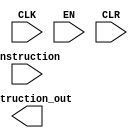
`timescale 1ns / 1ps
//////////////////////////////////////////////////////////////////////////////////
// Company: 
// Engineer: 
// 
// Design Name: 
// Module Name: pipe_ID
// Project Name: 
// Target Devices: 
// Tool Versions: 
// Description: 
// 
// Dependencies: 
// 
// Revision:
// Revision 0.01 - File Created
// Additional Comments:
// 
//////////////////////////////////////////////////////////////////////////////////


module pipe_ID(
    input CLK,
    input EN,
    input CLR,
    input [0:0] instruction,
    output instruction_out
    );
endmodule